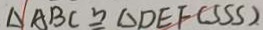
\Delta A B C \cong \Delta D E F ( S S S )